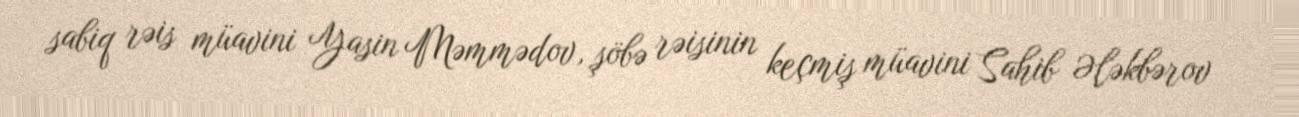
sabiq rəis müavini Yasin Məmmədov, şöbə rəisinin keçmiş müavini Sahib Ələkbərov